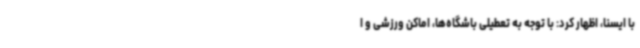
با ایسنا، اظهار کرد: با توجه به تعطیلی باشگاه‌ها، اماکن ورزشی و ا